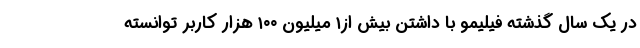
در یک سال گذشته فیلیمو با داشتن بیش از۱ میلیون ۱۰۰ هزار کاربر توانسته